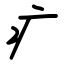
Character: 疒